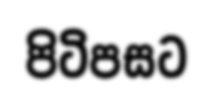
පිටිපසට